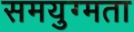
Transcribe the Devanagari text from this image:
समयुग्मता